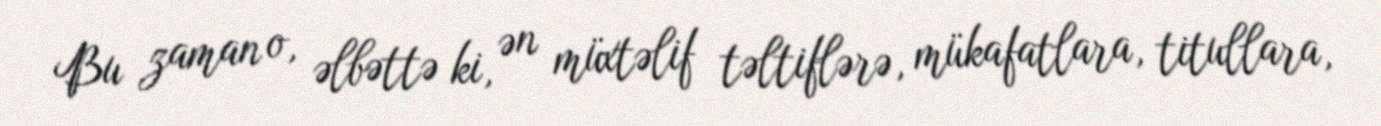
Bu zaman o, əlbəttə ki, ən müxtəlif təltiflərə, mükafatlara, titullara,